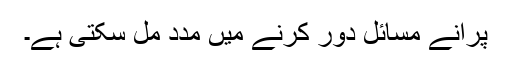
پرانے مسائل دور کرنے میں مدد مل سکتی ہے۔